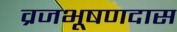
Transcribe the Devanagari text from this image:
व्रजभूषणदास